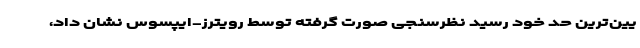
یین‌ترین حد خود رسید نظرسنجی صورت گرفته توسط رویترز-ایپسوس نشان داد،